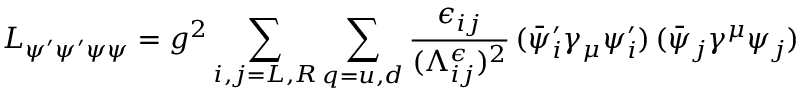
L _ { \psi ^ { \prime } \psi ^ { \prime } \psi \psi } = g ^ { 2 } \sum _ { i , j = L , R } \sum _ { q = u , d } \frac { \epsilon _ { i j } } { ( \Lambda _ { i j } ^ { \epsilon } ) ^ { 2 } } \, ( \bar { \psi } _ { i } ^ { \prime } \gamma _ { \mu } \psi _ { i } ^ { \prime } ) \, ( \bar { \psi } _ { j } \gamma ^ { \mu } \psi _ { j } )